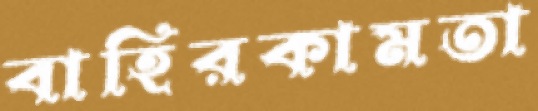
বাহিরকামতা